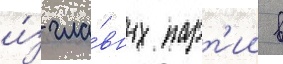
и́з гла́вных парт'ии в